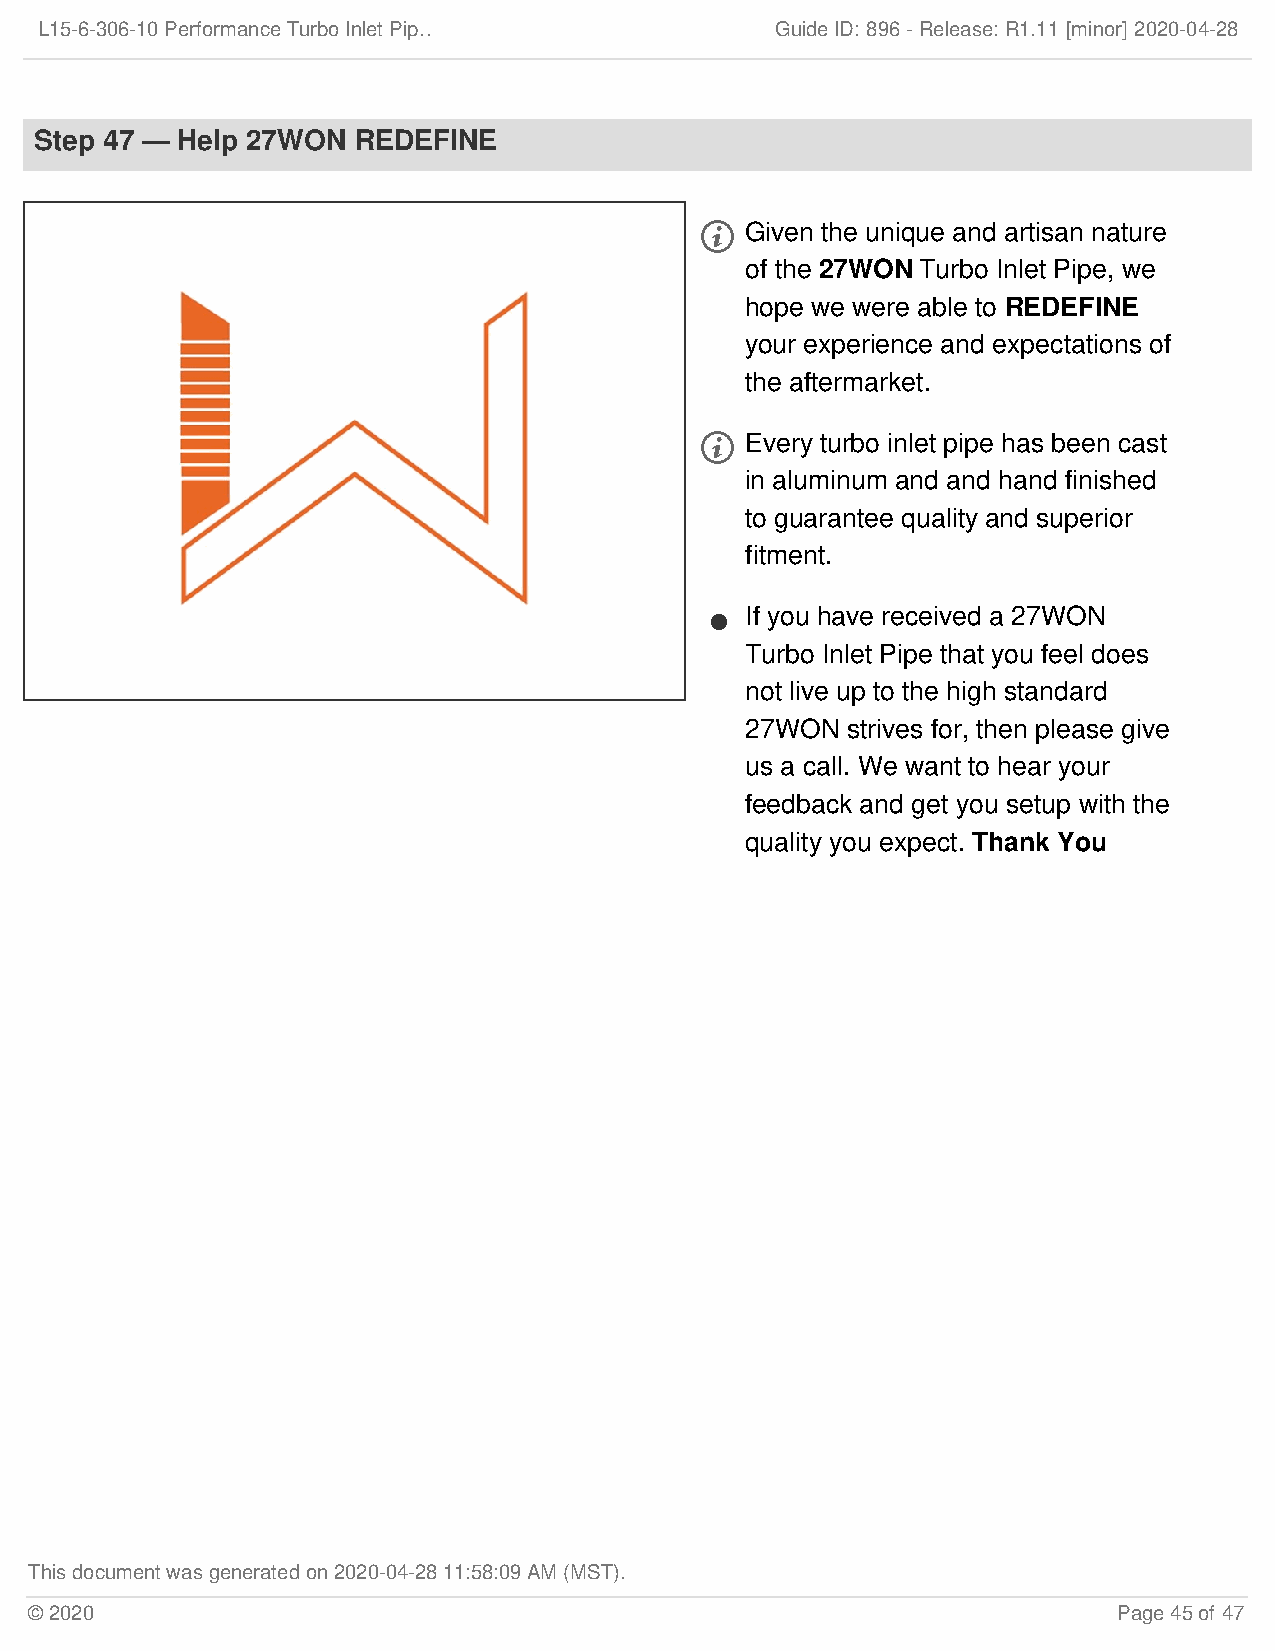
L15-6-306-10 Performance Turbo Inlet Pip…        Guide ID: 896 -Release:R1.11 [minor] 2020-04-28
 Step 47 — Help 27WON REDEFINE
   Given the unique and artisan nature
 of the 27WON Turbo Inlet Pipe, we
 hope we were able to REDEFINE
 your experience and expectations of
 the aftermarket.
   Every turbo inlet pipe has been cast
 in aluminum and and hand finished
 to guarantee quality and superior
 fitment.
 If you have received a 27WON
 
 Turbo Inlet Pipe that you feel does
 not live up to the high standard
 27WON  strives for, then please give
 us a call. We want to hear your
 feedback and get you setup with the
 quality you expect. Thank You
 This document was generated on 2020-04-28 11:58:09 AM (MST).
 © 2020                                                                  Page 45 of 47